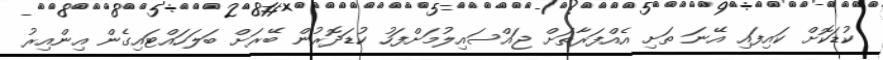
ކުޑަކޮށް ކައިފައި އޭނަ ތަށި އެއްފަރާތަށް ޖައްސައިލުމަށްފަހު ކުޑަދޮރުން ބޭރަށް ބަލަހައްޓައިގެން އިންއިރު